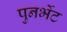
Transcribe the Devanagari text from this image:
पुनर्भेट